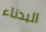
البدناء